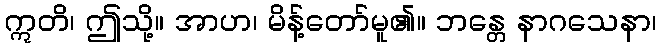
ဣတိ၊ ဤသို့။ အာဟ၊ မိန့်တော်မူ၏။ ဘန္တေ နာဂသေနာ၊